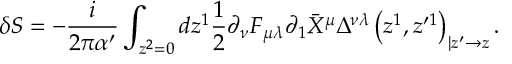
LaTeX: \delta S = - \frac { i } { 2 \pi \alpha ^ { \prime } } \int _ { z ^ { 2 } = 0 } d z ^ { 1 } \frac { 1 } { 2 } \partial _ { \nu } F _ { \mu \lambda } \partial _ { 1 } \bar { X } ^ { \mu } \Delta ^ { \nu \lambda } \left( z ^ { 1 } , z ^ { \prime 1 } \right) _ { | z ^ { \prime } \to z } .